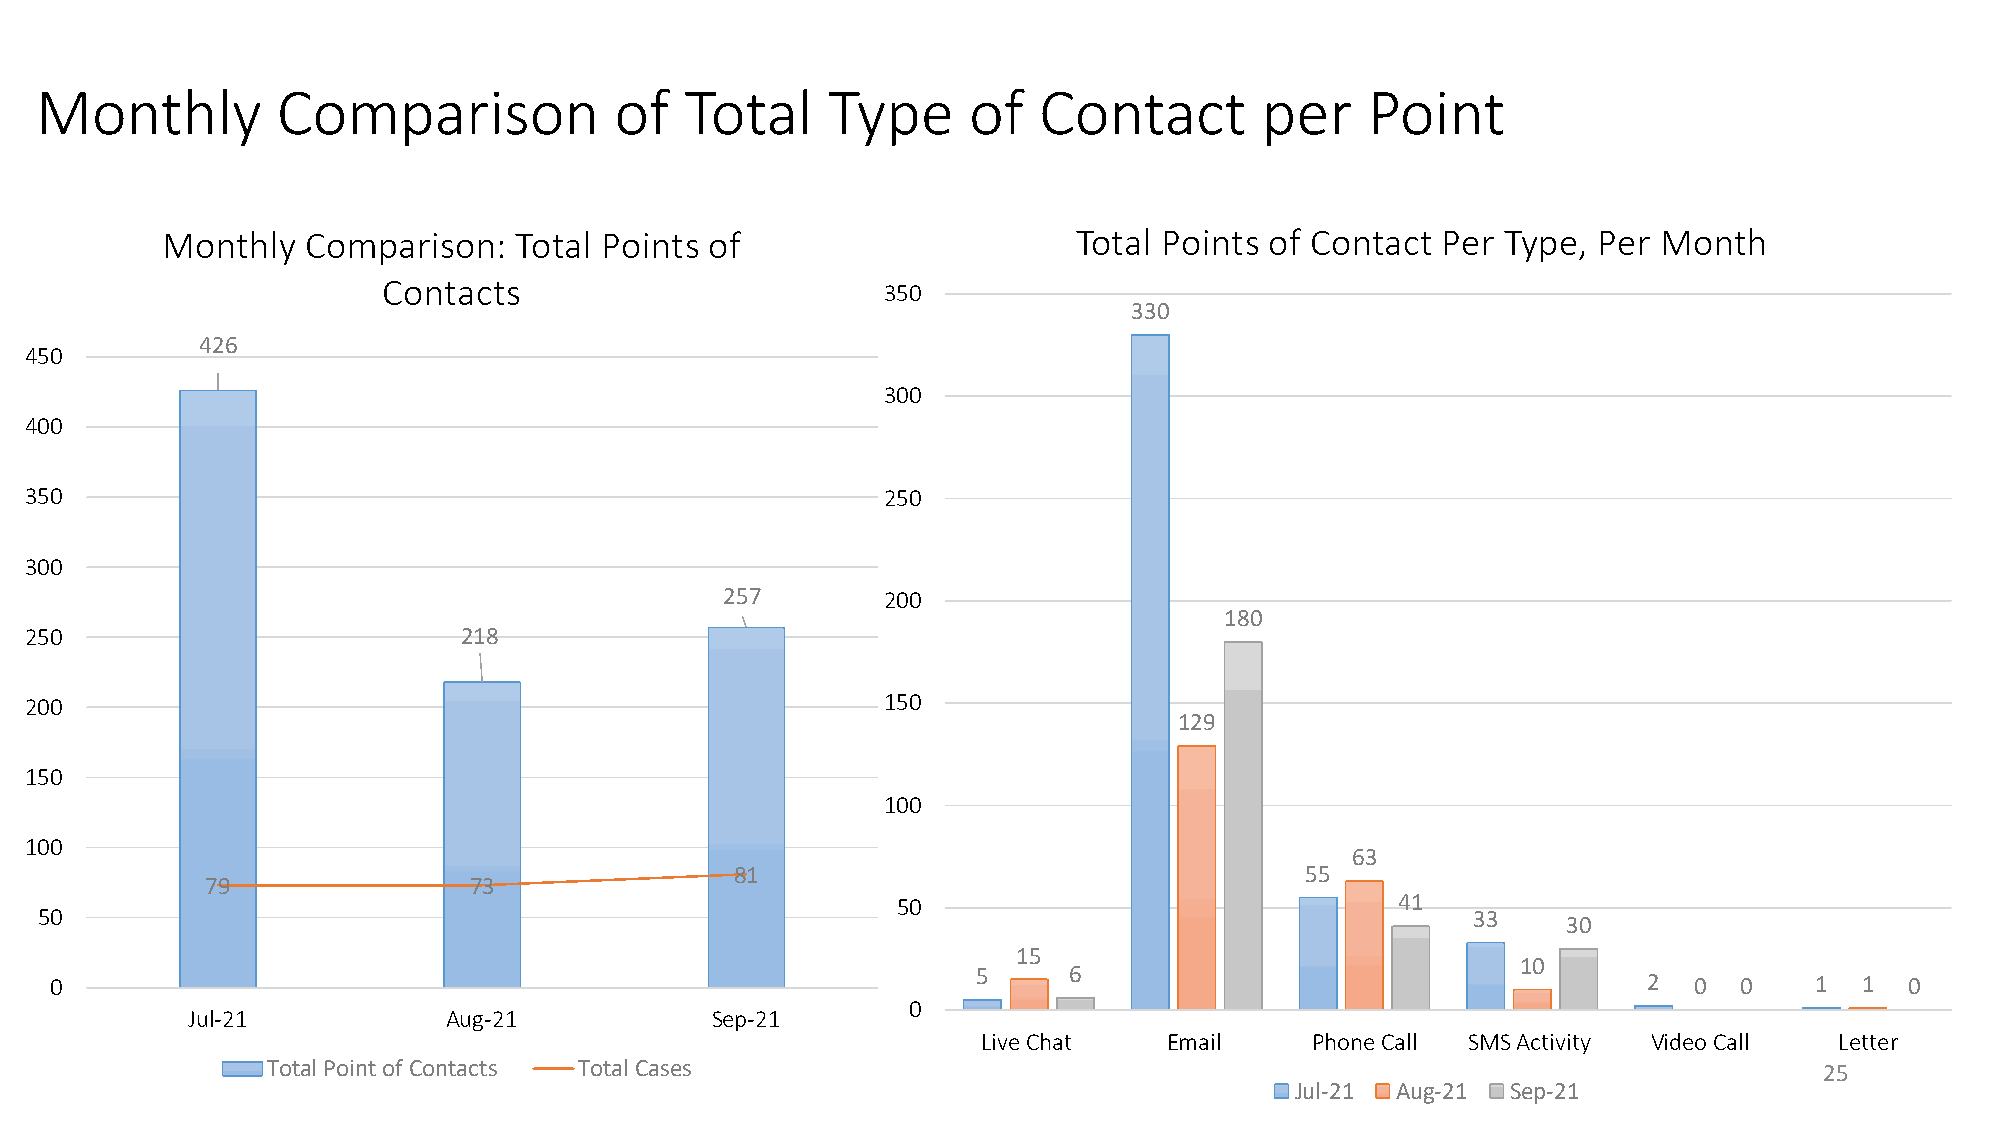
Monthly         Comparison             of  Total     Type     of   Contact       per    Point
 Monthly  Comparison:   Total Points of                      Total Points of Contact Per  Type, Per Month
 Contacts                          350
 330
 426
 450
 300
 400
 350                                                      250
 300
 257        200
 180
 250                          218
 200                                                      150
 129
 150
 100
 100
 63
 81                                   55
 79               73
 50                                41
 50                                                                                             33     30
 15
 10
 0                                                             5     6                                     2  0  0    1  1  0
 0
 Jul-21            Aug-21           Sep-21
 Live Chat   Email     Phone Call SMS Activity Video Call Letter
 Total Point of Contacts Total Cases                                                                    25
 Jul-21 Aug-21 Sep-21